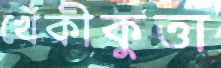
খেঁকীকুত্তা